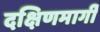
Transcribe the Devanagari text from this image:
दक्षिणमार्गी